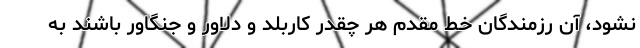
نشود، آن رزمندگان خط مقدم هر چقدر کاربلد و دلاور و جنگاور باشند به